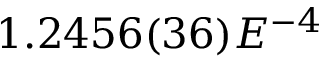
1 . 2 4 5 6 ( 3 6 ) E ^ { - 4 }